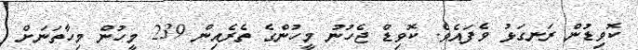
ކޮވިޑުން ރަނގަޅު ވެފައެވެ. ކޮވިޑް ޖެހުނު މީހުންގެ ތެރެއިން 239 މީހުން މިހާތަނަށް